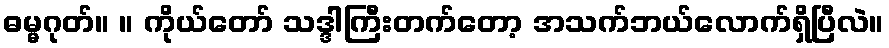
ဓမ္မဂုတ်။ ။ ကိုယ်တော် သဒ္ဒါကြီးတက်တော့ အသက်ဘယ်လောက်ရှိပြီလဲ။